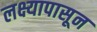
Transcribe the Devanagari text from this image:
लक्ष्यापासून